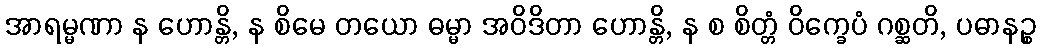
အာရမ္မဏာ န ဟောန္တိ, န စိမေ တယော ဓမ္မာ အဝိဒိတာ ဟောန္တိ, န စ စိတ္တံ ဝိက္ခေပံ ဂစ္ဆတိ, ပဓာနဉ္စ